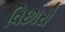
વિછારો